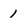
Character: 1